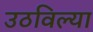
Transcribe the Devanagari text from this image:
उठविल्या